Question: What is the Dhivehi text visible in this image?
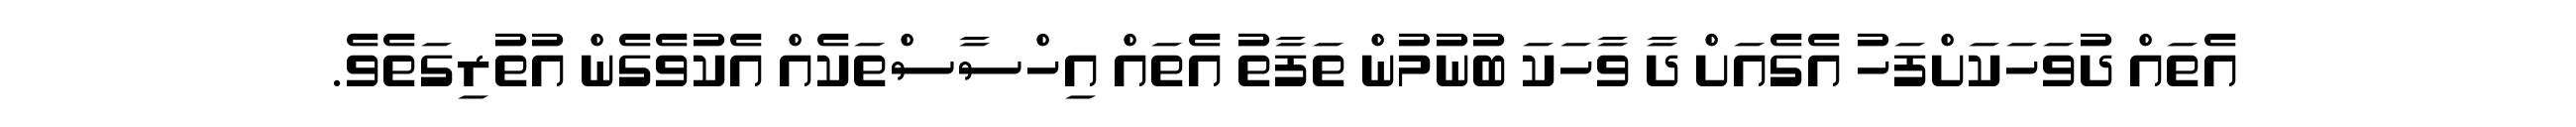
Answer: އެތައް ދުވަހަކަށްފަހު އެގެއަށް ދާ ވާހަކަ ބުނުމުން ތަފާތު އެތައް އިހްސާސްތަކެއް އެކުވެގެން އުތުރިގަތެވެ.